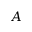
A